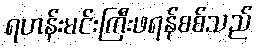
ရဟန်းမင်းကြီးဖရန်စစ်သည်